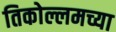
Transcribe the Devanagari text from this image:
तिकोल्लमच्या